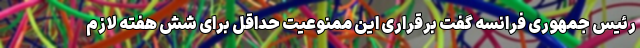
رئیس جمهوری فرانسه گفت برقراری این ممنوعیت حداقل برای شش هفته لازم